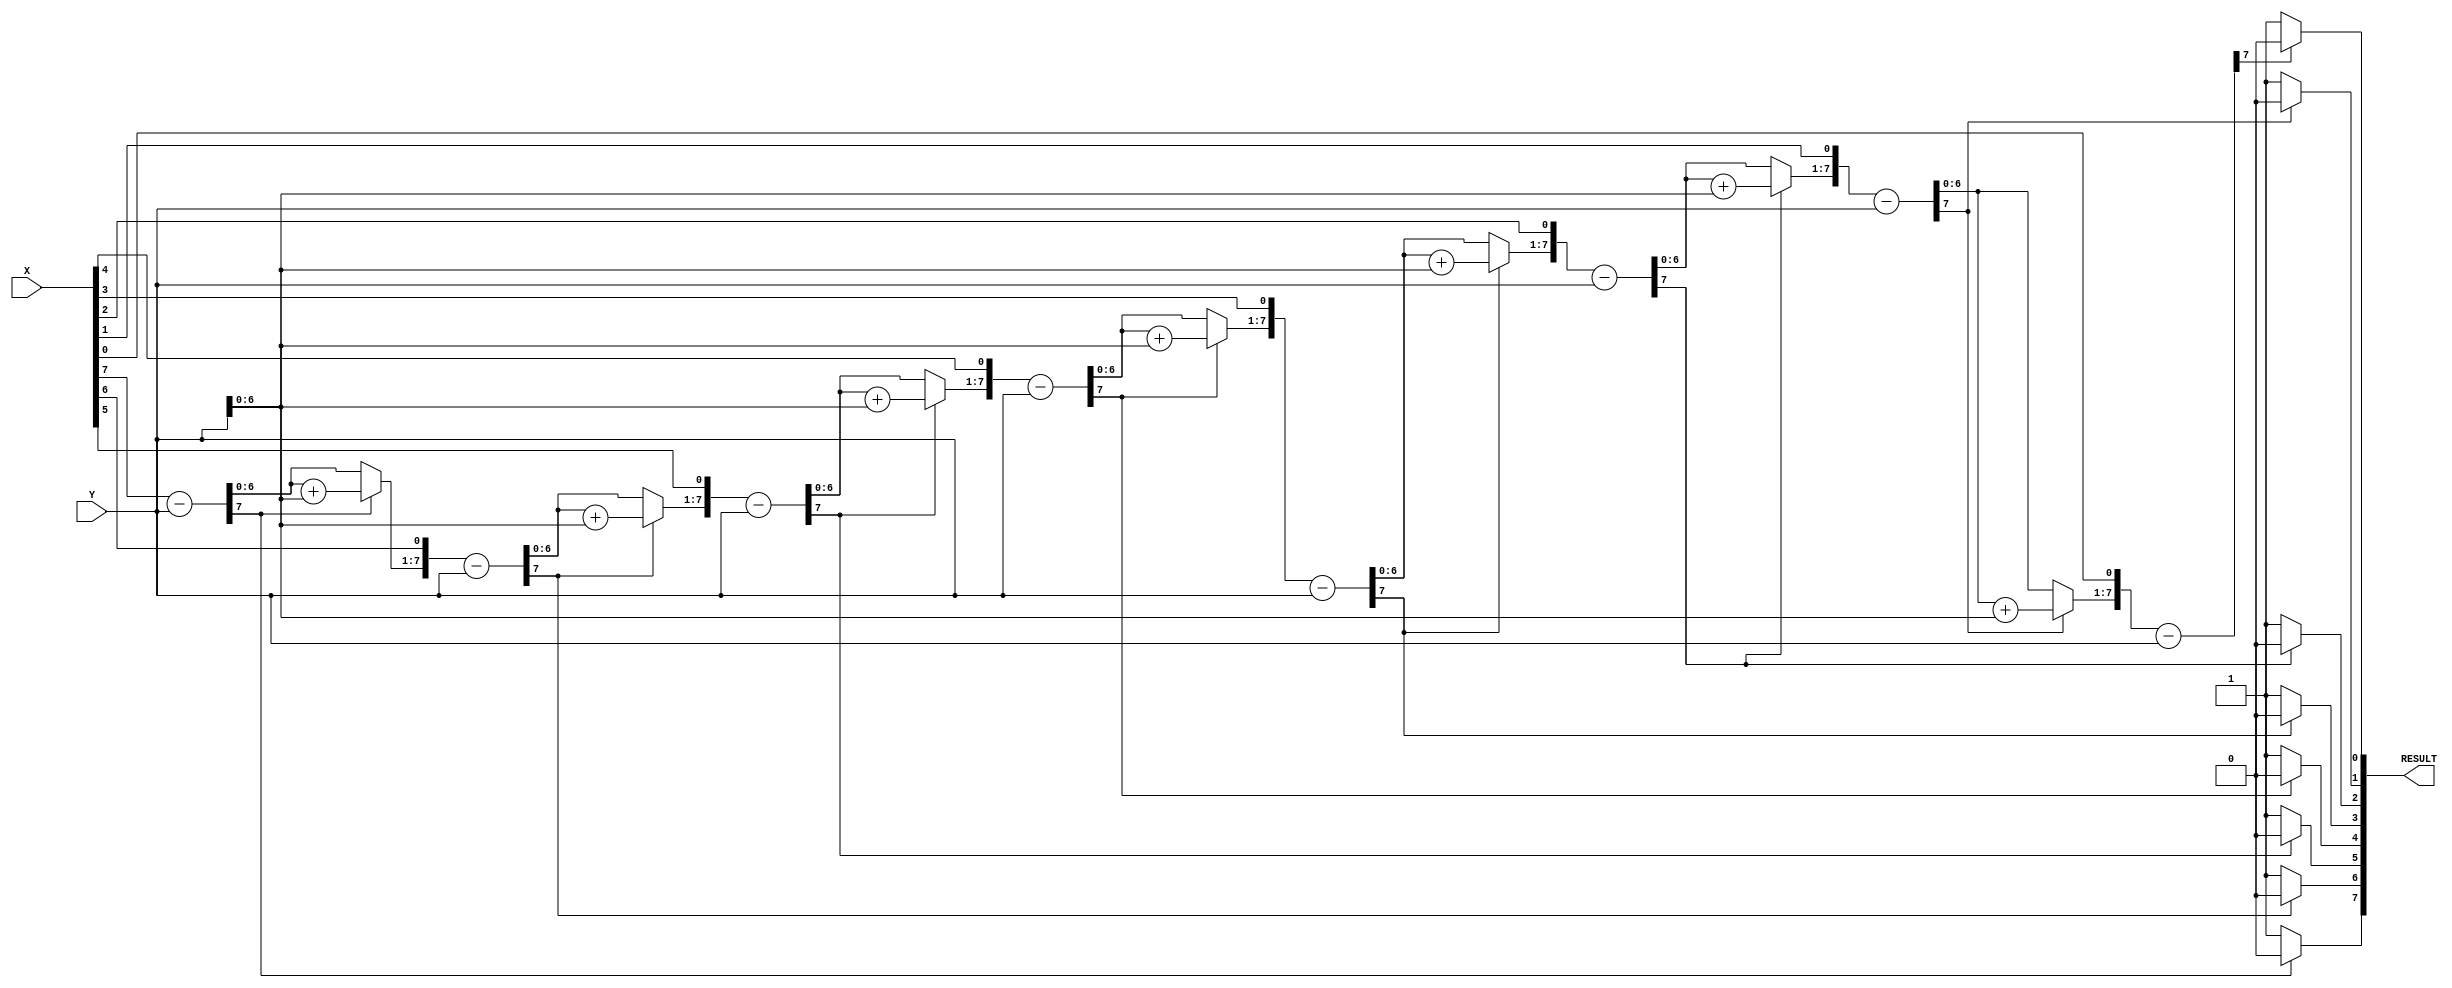

module DiviEC149(X,Y,RESULT);
    parameter WIDTH = 8;
    input [WIDTH-1:0] X;
    input [WIDTH-1:0] Y;
    output [WIDTH-1:0] RESULT; 
    reg [WIDTH-1:0] RESULT = 0;
    reg [WIDTH-1:0] ai, bi;
    reg [WIDTH:0] pi;   
    integer i;

    always@ (X or Y)
    begin
        ai = X;
        bi = Y;
        pi = 0;
        for(i=0;i < WIDTH;i=i+1)
		begin
            pi = {pi[WIDTH-2:0],ai[WIDTH-1]}; //Shifting left Ai
            ai[WIDTH-1:1] = ai[WIDTH-2:0]; //Shifting left X
            pi = pi-bi; // Ai = Ai - Y
            if(pi[WIDTH-1] == 1)    begin //Checking Negative
                ai[0] = 0;
                pi = pi + bi;   end
            else
                ai[0] = 1;
        end
        RESULT = ai;   
    end 

endmodule

module division_TB;
    parameter WIDTH = 8;
    reg [WIDTH-1:0] X;
    reg [WIDTH-1:0] Y;
    wire [WIDTH-1:0] RESULT;
    DiviEC149 D1 (X,Y,RESULT);

    initial begin
        X = 21;    Y = 10; #100;
        X = 33;    Y = 11; #100;
        X = 32; Y = 2;  #100;
        X = 12; Y = 3; #100;
        X = 99; Y = 67;  #100;
        X = 220;    Y = 3;  #100;
    end
      
endmodule